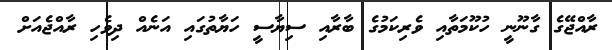
ރާއްޖޭގެ ގާނޫނީ ހުކޫމަތާއި ވެރިކަމުގެ ބާރާއި ސިޔާސީ ހަޔާތުގައި އަނެއް ދިވެހި ރާއްޖެއަށް